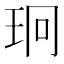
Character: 㺾